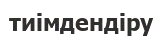
тиімдендіру